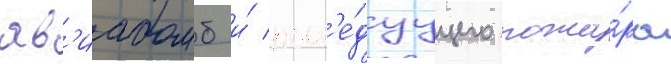
ав'иабомб и́ посл'е́дуущего пожа́ра